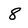
Character: 8